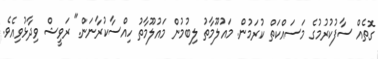
ގޮތެއް ސާފުކުރުމުގެ މަސައްކަތް ކުރަމުން. މައުލޫމާތު ލިބުމުން މައުލޫމާތު ހިއްސާކުރާނަން." ރަވީޝް ވިދާޅުވިއެވެ.